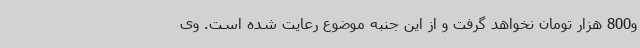
و800 هزار تومان نخواهد گرفت و از این جنبه موضوع رعایت شده است. وی